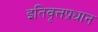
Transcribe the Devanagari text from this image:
इतिवृत्तप्रधान